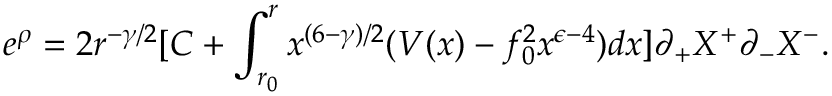
e ^ { \rho } = 2 r ^ { - \gamma / 2 } [ C + \int _ { r _ { 0 } } ^ { r } x ^ { ( 6 - \gamma ) / 2 } ( V ( x ) - f _ { 0 } ^ { 2 } x ^ { \epsilon - 4 } ) d x ] \partial _ { + } X ^ { + } \partial _ { - } X ^ { - } .